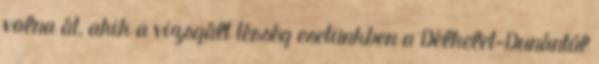
volna át, akik a vizsgált térség esetünkben a Délkelet-Dunántúl